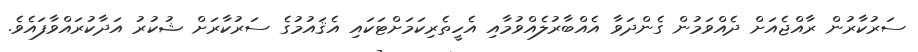
ސަރުކާރުން ރާއްޖެއަށް ދެއްވަމުން ގެންދަވާ އެއްބާރުލެއްވުމާއި އެހީތެރިކަމަށްޓަކައި އެޤައުމުގެ ސަރުކާރަށް ޝުކުރު އަދާކުރައްވާފައެވެ.